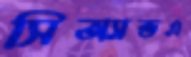
সিঅ্যান্ডএ